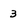
Character: 3